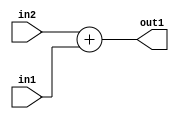
`timescale 1ps / 1ps
/*****************************************************************************
    Verilog RTL Description
    
    
    Created by: Stratus DpOpt 2019.1.01 
*******************************************************************************/

module st_feature_addr_gen_Add_16Ux9U_17U_4_1 (
	in2,
	in1,
	out1
	); /* architecture "behavioural" */ 
input [15:0] in2;
input [8:0] in1;
output [16:0] out1;
wire [16:0] asc001;

assign asc001 = 
	+(in2)
	+(in1);

assign out1 = asc001;
endmodule

/* CADENCE  ubLwQws= : u9/ySgnWtBlWxVPRXgAZ4Og= ** DO NOT EDIT THIS LINE ******/